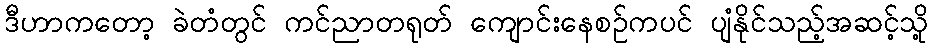
ဒီဟာကတော့ ခဲတံတွင် ကင်ညာတရုတ် ကျောင်းနေစဉ်ကပင် ပျံနိုင်သည့်အဆင့်သို့